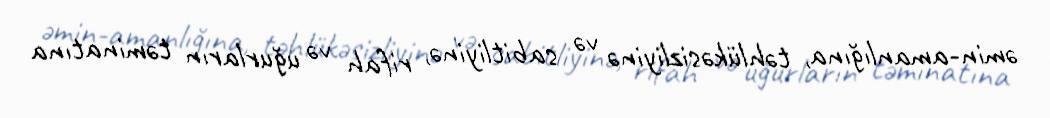
əmin-amanlığına, təhlükəsizliyinə və sabitliyinə, rifah və uğurların təminatına